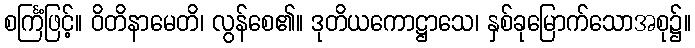
စင်္ကြံဖြင့်။ ဝိတိနာမေတိ၊ လွန်စေ၏။ ဒုတိယကောဋ္ဌာသေ၊ နှစ်ခုမြောက်သောအစု၌။